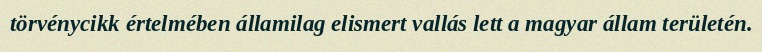
törvénycikk értelmében államilag elismert vallás lett a magyar állam területén.